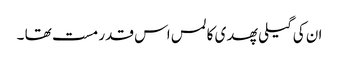
ان کی گیلی پھدی کا لمس اس قدر مست تھا ۔